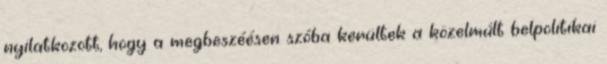
nyilatkozott, hogy a megbeszéésen szóba kerültek a közelmúlt belpolitikai